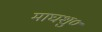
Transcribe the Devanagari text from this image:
माघशु०